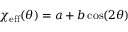
\chi _ { \mathrm { e f f } } ( \theta ) = a + b \cos ( 2 \theta )